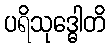
ပရိသုဒ္ဓေါတိ